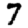
Digit: 7